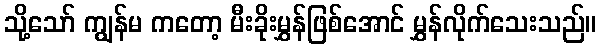
သို့သော် ကျွန်မ ကတော့ မီးခိုးမွှန်ဖြစ်အောင် မွှန်လိုက်သေးသည်။